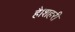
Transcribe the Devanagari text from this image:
है।शहरी